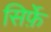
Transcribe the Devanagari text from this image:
सिर्फ़े